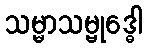
သမ္မာသမ္ဗုဒ္ဓေါ